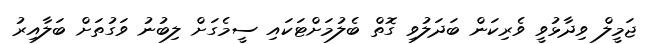
ޖަމީލް ވިދާޅުވީ ވެރިކަން ބަދަލުވި ގޮތް ބެލުމަށްޓަކައި ސީމެގަށް ލިބުނު ވަގުތަށް ބަލާއިރު